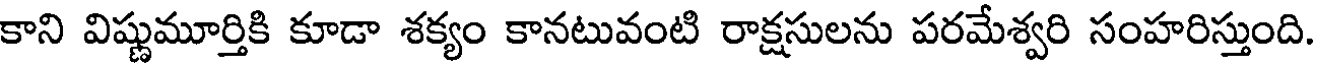
కాని విష్ణుమూర్తికి కూడా శక్యం కానటువంటి రాక్షసులను పరమేశ్వరి సంహరిస్తుంది